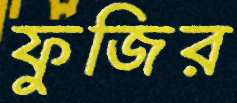
ফুজির